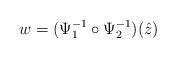
LaTeX: \begin{align*}w=(\Psi_1^{-1}\circ\Psi_2^{-1})(\hat z)\end{align*}